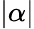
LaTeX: \left|\alpha\right|